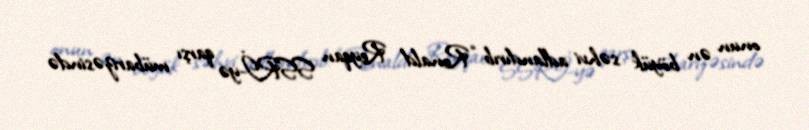
onun ən böyük səhvi adlandırıb: “Ronald Reyqan SSRİ-yə qarşı mübarizəsində